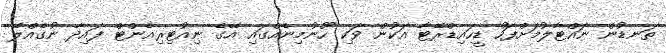
ތަނޑުން ނައްޓާލުމަށްފަހު ޑީހައިޑްރޭޓާ އަކުން ވަކި ހޫނުމިނެއްގައި އޭގެ ނިއުޓިރިއެންޓް ފައިދާ ނުގެއްލޭ